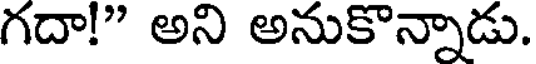
గదా!" అని అనుకొన్నాడు.